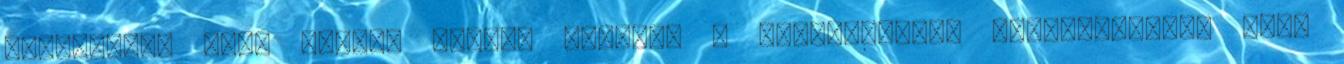
zseniális, hogy lefogy gyors. Képeken 6 béltisztító, méregtelenítő ital